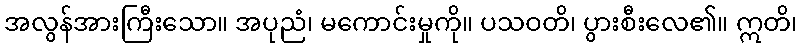
အလွန်အားကြီးသော။ အပုညံ၊ မကောင်းမှုကို။ ပသဝတိ၊ ပွားစီးလေ၏။ ဣတိ၊